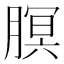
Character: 𬂊